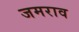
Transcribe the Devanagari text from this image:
जमराव